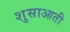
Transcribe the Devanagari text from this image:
शुसाआती